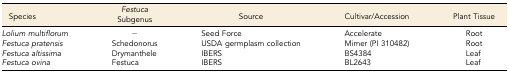
<table><thead><tr><td><b>Species</b></td><td><b><i>Festuca</i> Subgenus</b></td><td><b>Source</b></td><td><b>Cultivar/Accession</b></td><td><b>Plant Tissue</b></td></tr></thead><tbody><tr><td><i>Lolium multiflorum</i></td><td>−</td><td>Seed Force</td><td>Accelerate</td><td>Root</td></tr><tr><td><i>Festuca pratensis</i></td><td>Schedonorus</td><td>USDA germplasm collection</td><td>Mimer (PI 310482)</td><td>Root</td></tr><tr><td><i>Festuca altissima</i></td><td>Drymanthele</td><td>IBERS</td><td>BS4384</td><td>Leaf</td></tr><tr><td><i>Festuca ovina</i></td><td>Festuca</td><td>IBERS</td><td>BL2643</td><td>Leaf</td></tr></tbody></table>